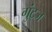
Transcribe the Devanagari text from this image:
गुंट्ज